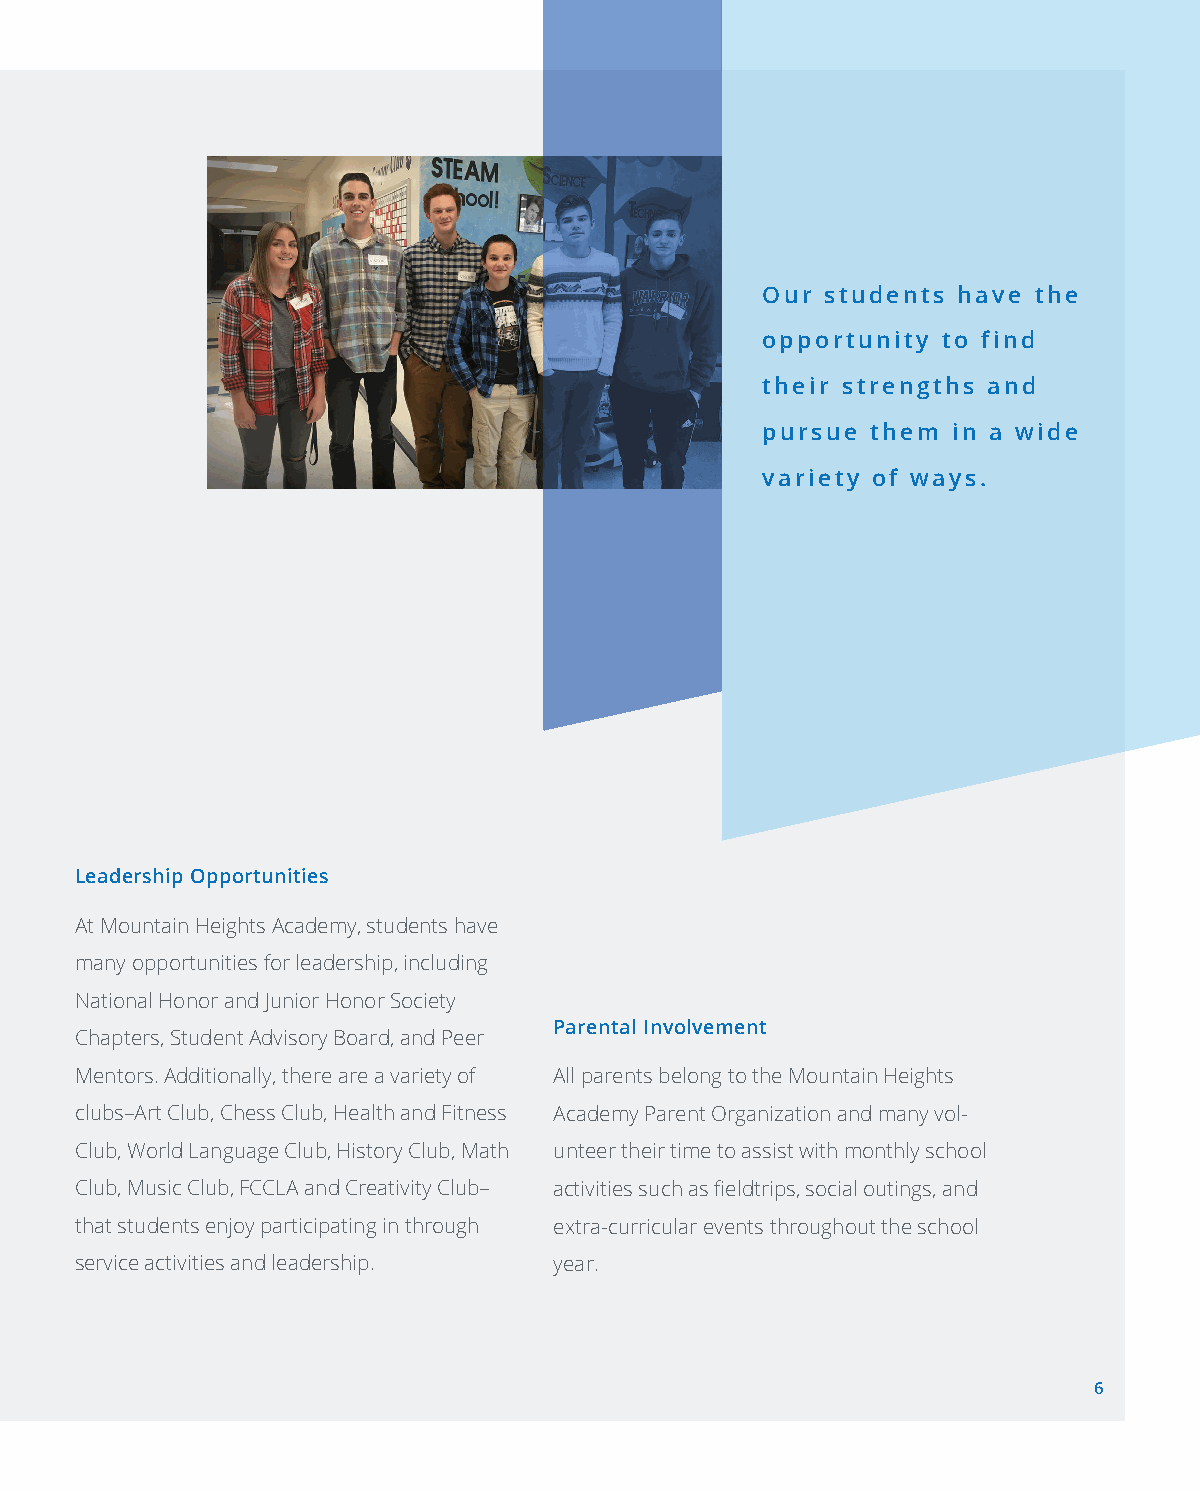
Our  students have the
 opportunity to find
 their strengths and
 pursue  them in a wide
 variety of ways.
 Leadership Opportunities
 At Mountain Heights Academy, students have
 many opportunities for leadership, including
 National Honor and Junior Honor Society
 Parental Involvement
 Chapters, Student Advisory Board, and Peer
 Mentors. Additionally, there are a variety of All parents belong to the Mountain Heights
 clubs–Art Club, Chess Club, Health and Fitness Academy Parent Organization and many vol-
 Club, World Language Club, History Club, Math unteer their time to assist with monthly school
 Club, Music Club, FCCLA and Creativity Club– activities such as fieldtrips, social outings, and
 that students enjoy participating in through extra-curricular events throughout the school
 service activities and leadership. year.
 6